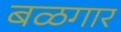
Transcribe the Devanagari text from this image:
बळगार